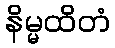
နိမ္မထိတံ